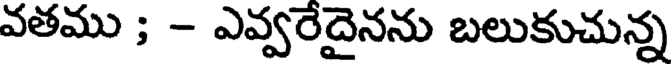
వతము ; - ఎవ్వరేదైనను బలుకుచున్న